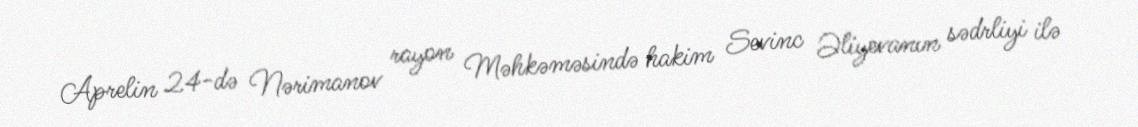
Aprelin 24-də Nərimanov rayon Məhkəməsində hakim Sevinc Əliyevanın sədrliyi ilə